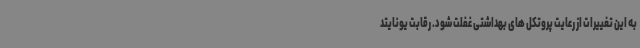
به این تغییرات از رعایت پروتکل های بهداشتی غفلت شود. رقابت یونایتد